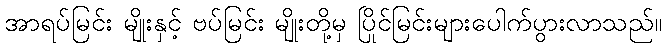
အာရပ်မြင်း မျိုးနှင့် ဗပ်မြင်း မျိုးတို့မှ ပြိုင်မြင်းများပေါက်ပွားလာသည်။